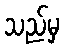
သည်မှ